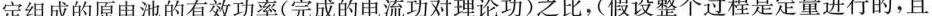
定组成的原电池的有效功率（完成的电流功对理论功）之比，（假设整个过程是定量进行的，且